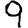
Digit: 9